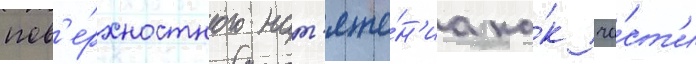
пов'е́рхностного нат'яже́н'иа ка́к ча́ст'и